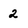
Character: 2